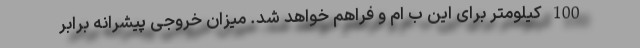
100 کیلومتر برای این ب ام و فراهم خواهد شد. میزان خروجی پیشرانه برابر